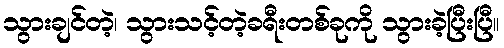
သွားချင်တဲ့၊ သွားသင့်တဲ့ခရီးတစ်ခုကို သွားခဲ့ပြီးပြီ။